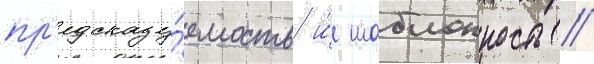
пр'едсказу́емость и́ шаблонность //